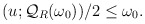
\begin{align*} \begin{aligned} (u;\mathcal{Q}_R(\omega_0))/2\leq \omega_0. \end{aligned} \end{align*}